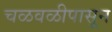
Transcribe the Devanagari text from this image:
चळवळीपासून